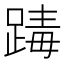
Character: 𨂭